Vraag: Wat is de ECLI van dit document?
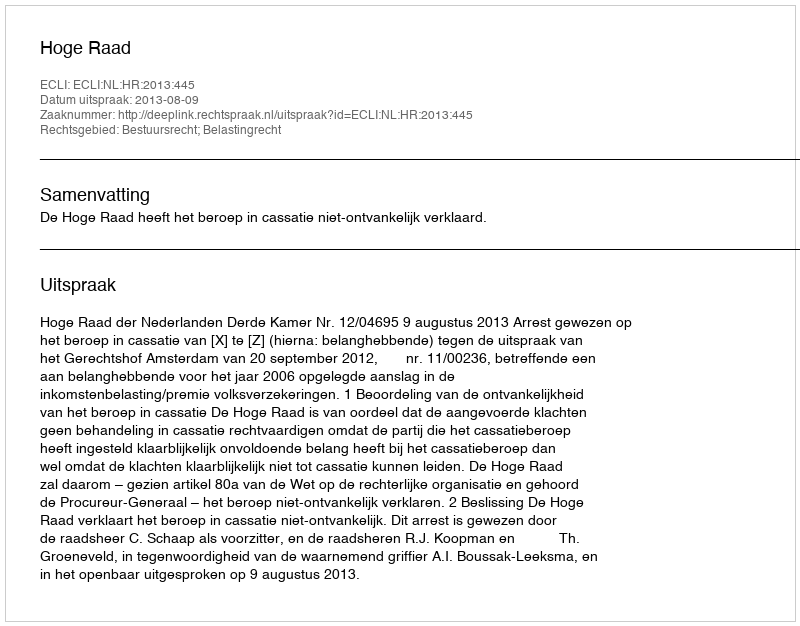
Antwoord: ECLI:NL:HR:2013:445